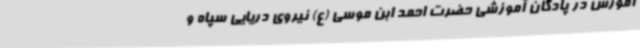
آموزش در پادگان آموزشی حضرت احمد ابن موسی (ع) نیروی دریایی سپاه و